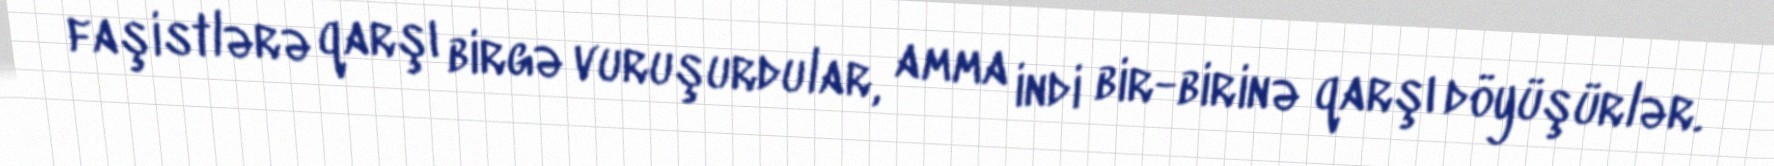
faşistlərə qarşı birgə vuruşurdular, amma indi bir-birinə qarşı döyüşürlər.